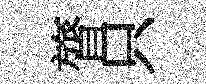
膂只